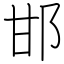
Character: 邯